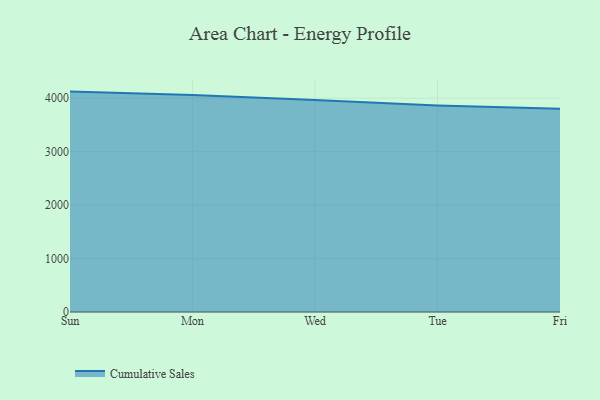
{"axis": {"x": "Day", "y": "Operating Costs (USD K)"}, "legend": ["Cumulative Sales"], "data": [{"x": "Sun", "y": 4123.1, "type": "Cumulative Sales"}, {"x": "Mon", "y": 4059.4, "type": "Cumulative Sales"}, {"x": "Wed", "y": 3967.5, "type": "Cumulative Sales"}, {"x": "Tue", "y": 3862.7, "type": "Cumulative Sales"}, {"x": "Fri", "y": 3803.5, "type": "Cumulative Sales"}]}